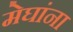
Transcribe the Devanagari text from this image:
मेघांना